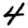
Digit: 4